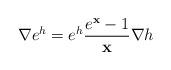
LaTeX: \begin{align*} \nabla e^h = e^h \frac{ e^{\mathbf x} -1}{ \mathbf x}\nabla h \end{align*}